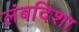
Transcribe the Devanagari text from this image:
लंबदिशा